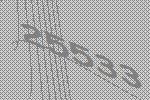
25533